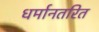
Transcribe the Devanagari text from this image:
धर्मानतरित